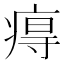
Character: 𤷙